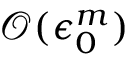
\mathcal { O } ( \epsilon _ { 0 } ^ { m } )